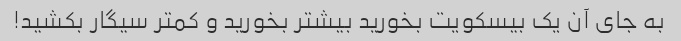
به جای آن یک بیسکویت بخورید بیشتر بخورید و کمتر سیگار بکشید!